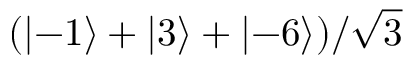
( \left\lvert - 1 \right\rangle + \left\lvert 3 \right\rangle + \left\lvert - 6 \right\rangle ) / \sqrt { 3 }